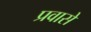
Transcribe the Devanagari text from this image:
प्रवासे